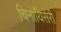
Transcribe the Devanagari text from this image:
चिनोयिसेरी